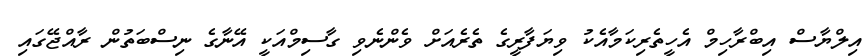
އިލްޔާސް އިބްރާހިމް އެހީތެރިކަމާއެކު ވިޔަފާރީގެ ތެރެއަށް ވެންނެވި ގާސިމްއަކީ އޭނާގެ ނިސްބަތުން ރާއްޖޭގައި